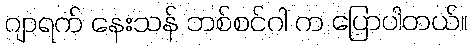
ဂျာရက် နေးသန် ဘစ်စင်ဂါ က ပြောပါတယ်။